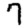
Digit: 7